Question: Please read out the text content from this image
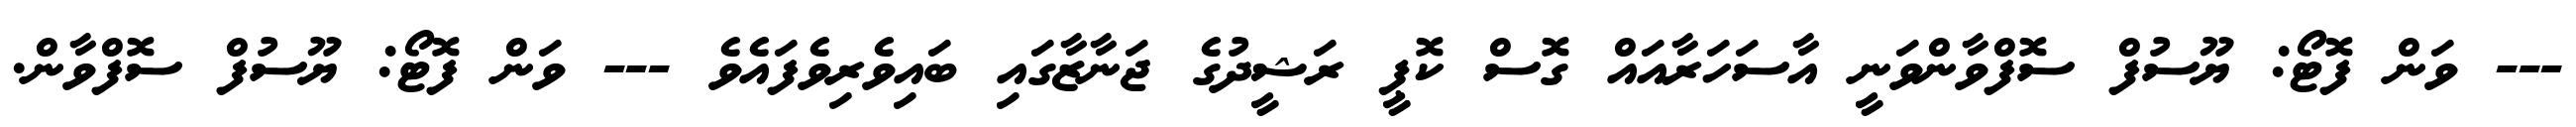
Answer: --- ވަން ފޮޓޯ: ޔޫސުފް ސޮފްވާންވަނީ އާސަހަރާއައް ގޮސް ކޮޕީ ރަޝީދުގެ ޖަނާޒާގައި ބައިވެރިވެފައެވެ --- ވަން ފޮޓޯ: ޔޫސުފް ސޮފްވާން.